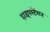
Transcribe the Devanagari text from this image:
हाइपरटैंशन